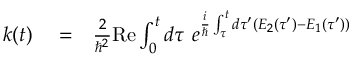
\begin{array} { r l r } { k ( t ) } & { { } = } & { \frac { 2 } { \hbar ^ { 2 } } \mathrm { R e } \int _ { 0 } ^ { t } d \tau \ e ^ { \frac { i } { \hbar } \int _ { \tau } ^ { t } d \tau ^ { \prime } ( E _ { 2 } ( \tau ^ { \prime } ) - E _ { 1 } ( \tau ^ { \prime } ) ) } } \end{array}